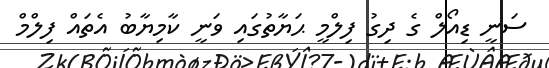
ސަނީ ޑިއޯލް ގެ ދިގު ފިލްމީ ޙަޔާތުގައި ވަނީ ކާމިޔާބު އެތައް ފިލްމް